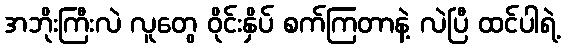
အဘိုးကြီးလဲ လူတွေ ဝိုင်းနှိပ် စက်ကြတာနဲ့ လဲပြီ ထင်ပါရဲ့